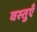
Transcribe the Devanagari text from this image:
वस्‍तुएँ